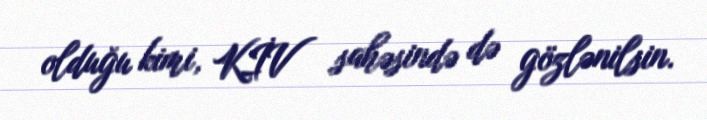
olduğu kimi, KİV sahəsində də gözlənilsin.